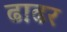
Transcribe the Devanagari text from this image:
ढाढर